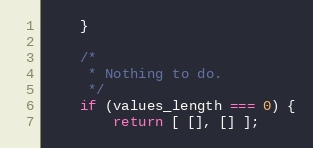
Language: JavaScript
    }

    /*
     * Nothing to do.
     */
    if (values_length === 0) {
        return [ [], [] ];